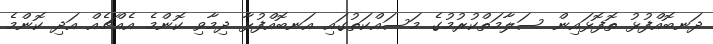
ދަނބޮއްފުޅު ތޮފޮޅައިން ސަލާމަތްކުރުމުގެ މަސައްކަތުގައި އަނބޮއްފުޅާ ދިމާވި ކޮންމެ އެއްޗެއް އަދި ކޮންމެ